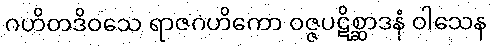
ဂဟိတဒိဝသေ ရာဇဂဟိကော ဝဇ္ဇပဋိစ္ဆာဒနံ ဝါသေန